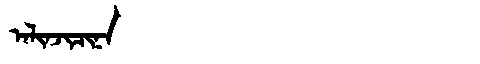
Manchu: ᠠᠯᡳᠨᠵᡳᠴᡳᠨᠠ
Romanization: ALINJICINA